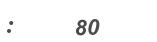
:     80